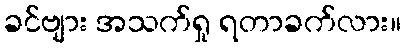
ခင်ဗျား အသက်ရှု ရတာခက်လား။